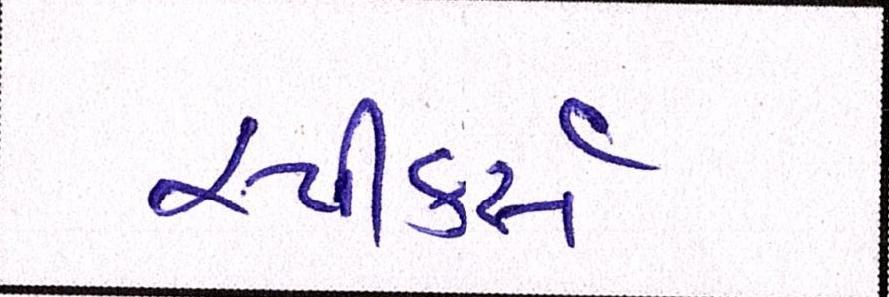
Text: સ્પીકર્સ